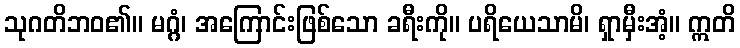
သုဂတိဘဝ၏။ မဂ္ဂံ၊ အကြောင်းဖြစ်သော ခရီးကို။ ပရိယေသာမိ၊ ရှာမှီးအံ့။ ဣတိ